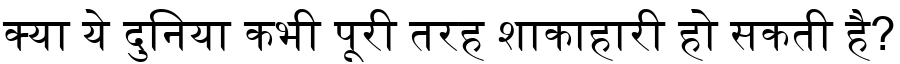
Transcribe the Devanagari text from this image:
क्या ये दुनिया कभी पूरी तरह शाकाहारी हो सकती है?